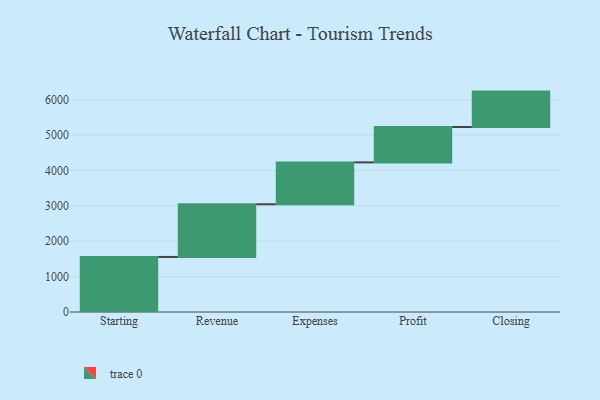
{"axis": {"x": "Step", "y": "Value"}, "legend": [""], "data": [{"x": "Starting", "y": 1555.0, "type": ""}, {"x": "Revenue", "y": 1489.0, "type": ""}, {"x": "Expenses", "y": 1183.0, "type": ""}, {"x": "Profit", "y": 1000, "type": ""}, {"x": "Closing", "y": 1000, "type": ""}]}